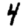
Digit: 4